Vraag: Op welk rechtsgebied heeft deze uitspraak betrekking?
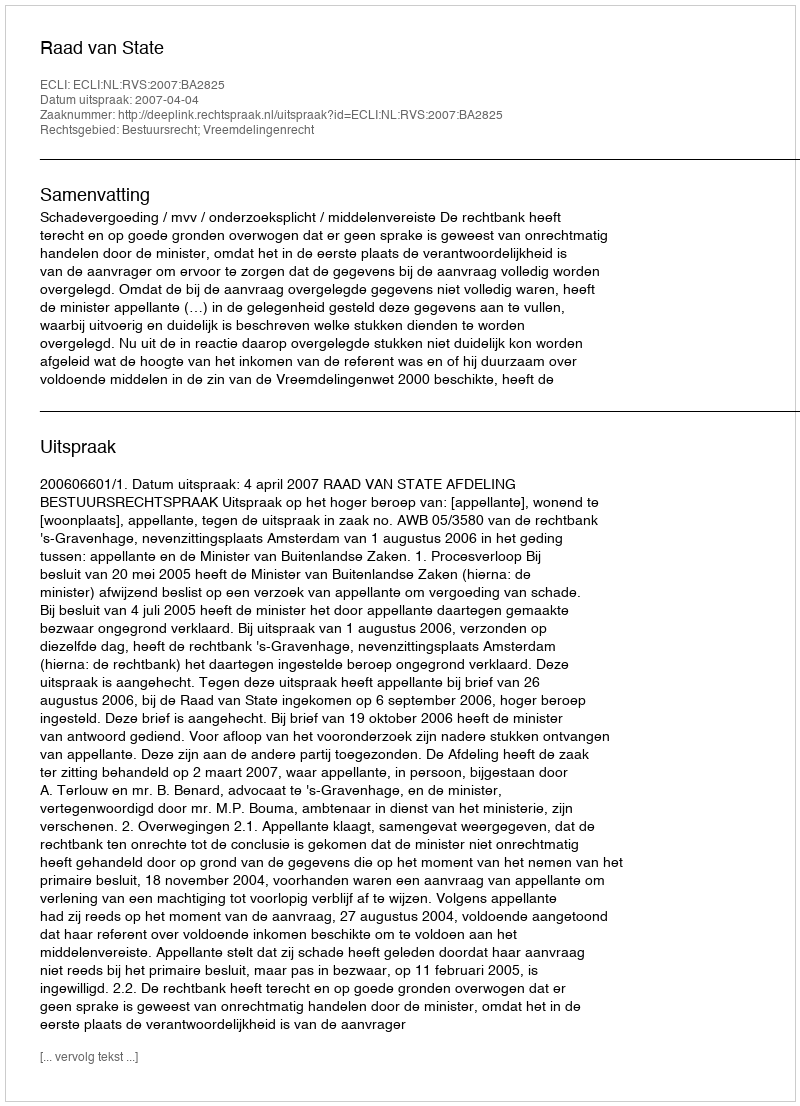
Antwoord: Bestuursrecht; Vreemdelingenrecht